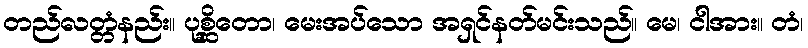
တည်လတ္တံနည်း။ ပုစ္ဆိတော၊ မေးအပ်သော အရှင်နတ်မင်းသည်။ မေ၊ ငါအား။ တံ၊